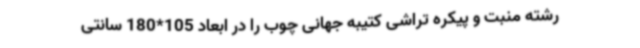
رشته منبت و پیکره تراشی کتیبه جهانی چوب را در ابعاد 105*180 سانتی